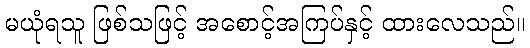
မယုံရသူ ဖြစ်သဖြင့် အစောင့်အကြပ်နှင့် ထားလေသည်။